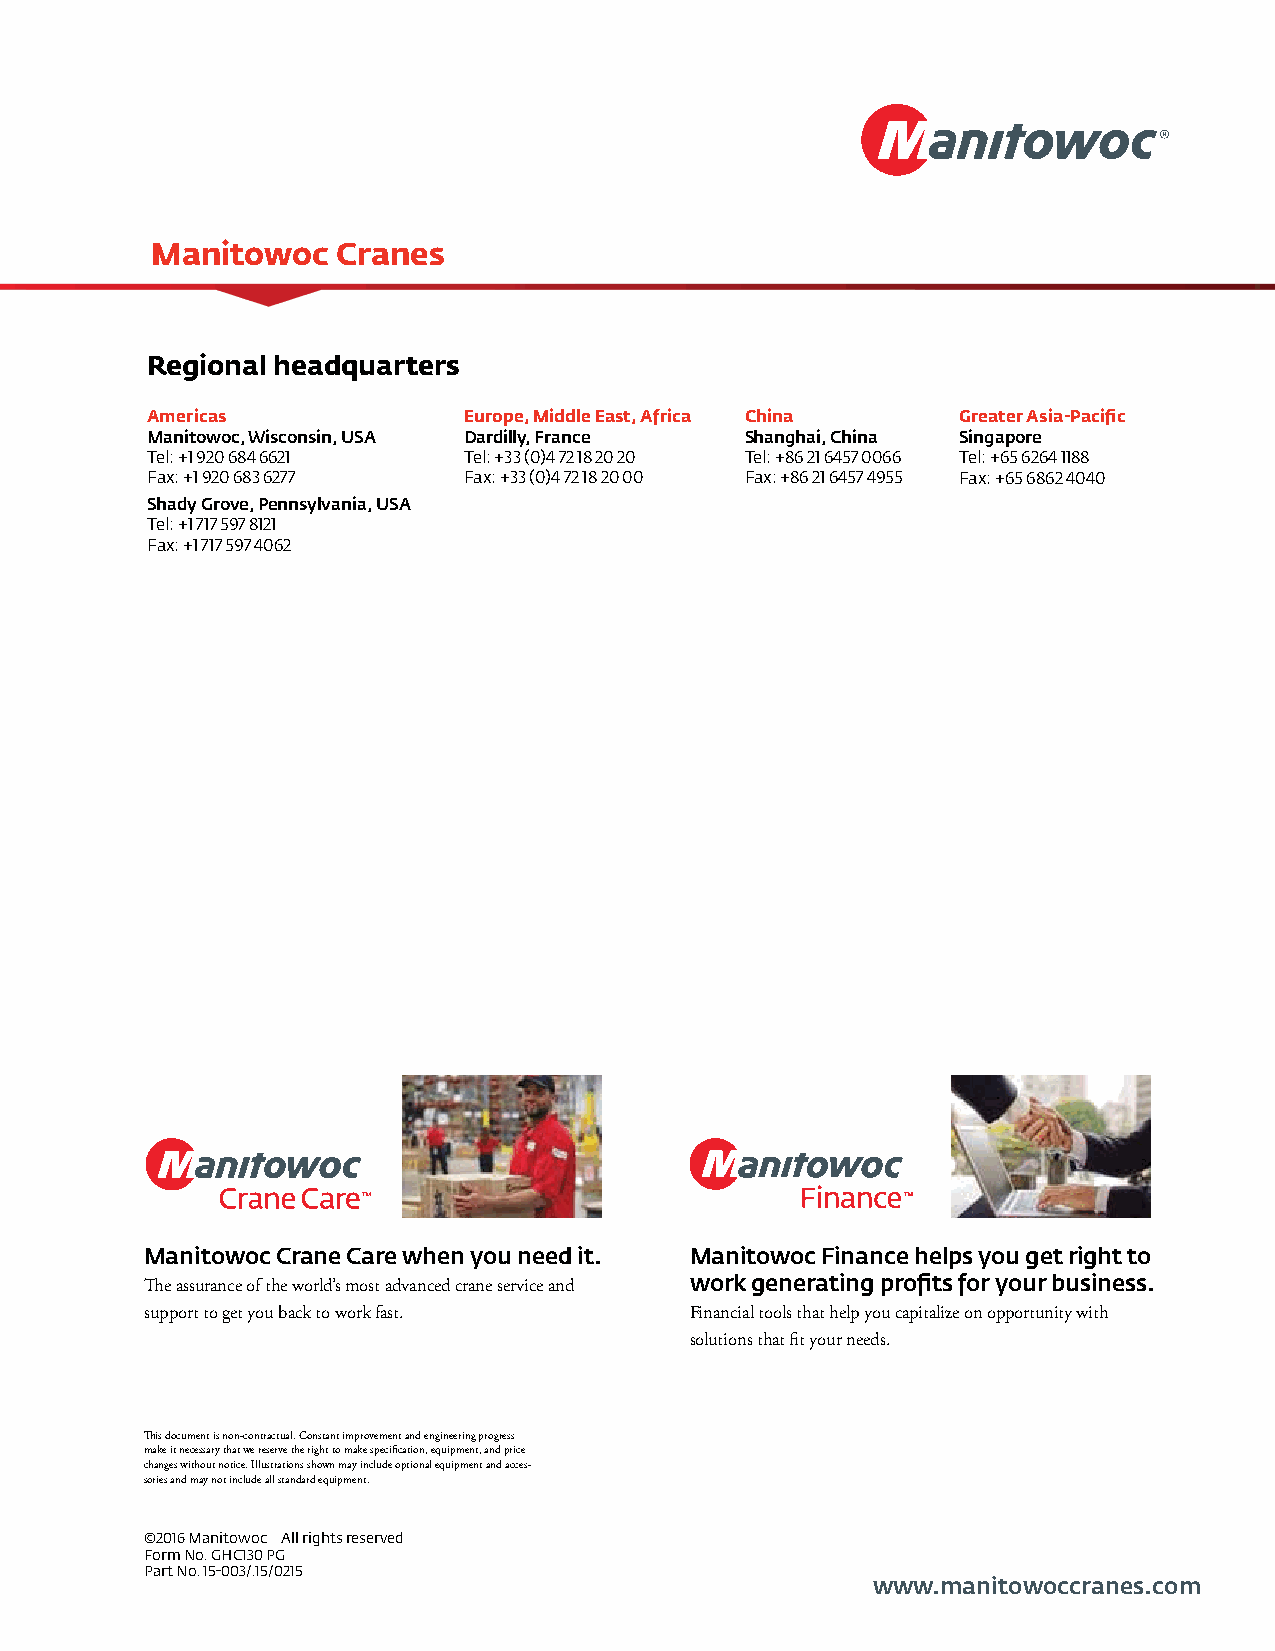
Manitowoc   Cranes
 Regional headquarters
 Americas             Europe, Middle East, Africa China Greater Asia-Pacific
 Manitowoc, Wisconsin, USA Dardilly, France Shanghai, China Singapore
 Tel: +1 920 684 6621 Tel: +33 (0)4 72 18 20 20 Tel: +86 21 6457 0066 Tel: +65 6264 1188
 Fax: +1 920 683 6277 Fax: +33 (0)4 72 18 20 00 Fax: +86 21 6457 4955 Fax: +65 6862 4040
 Shady Grove, Pennsylvania, USA
 Tel: +1 717 597 8121
 Fax: +1 717 597 4062
 Manitowoc Crane Care when you need it. Manitowoc Finance helps you get right to
 The assurance of the world’s most advanced crane service and work generating profits for your business.
 support to get you back to work fast. Financial tools that help you capitalize on opportunity with
 solutions that fit your needs.
 This document is non-contractual. Constant improvement and engineering progress
 make it necessary that we reserve the right to make specification, equipment, and price
 changes without notice. Illustrations shown may include optional equipment and acces-
 sories and may not include all standard equipment.
 ©2016 Manitowoc All rights reserved
 Form No. GHC130 PG
 Part No. 15-003/.15/0215
 www.manitowoccranes.com